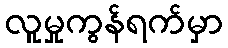
လူမှုကွန်ရက်မှာ